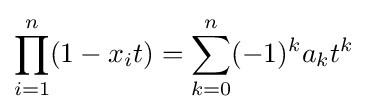
\prod _{i=1}^{n}(1-x_{i}t)=\sum _{k=0}^{n}(-1)^{k}a_{k}t^{k}